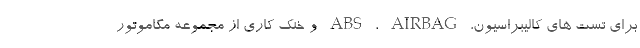
برای تست های کالیبراسیون، ABS ، AIRBAG و خنک کاری از مجموعه مگاموتور